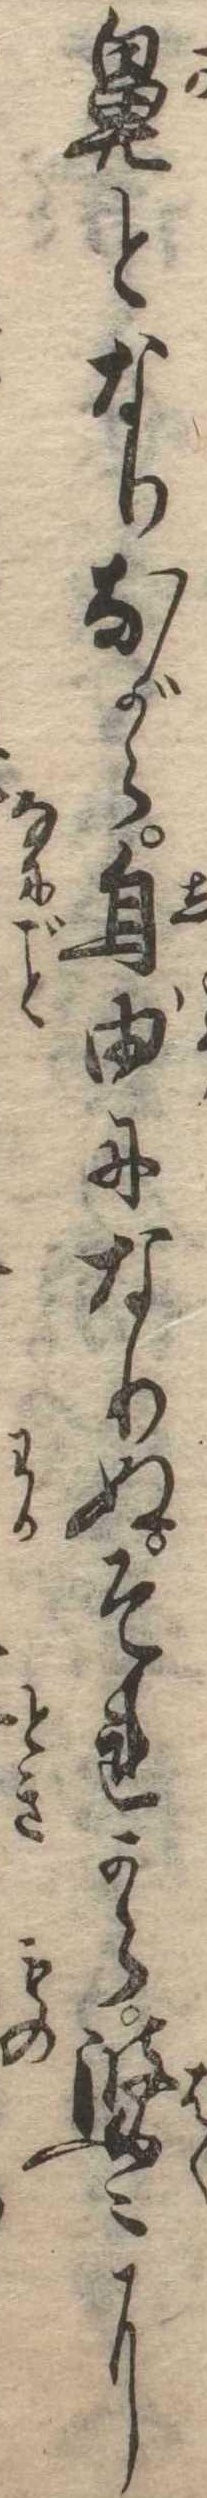
鼻となりながら自由になりぬそれから婆〻に